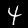
Digit: 4